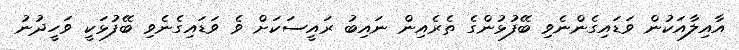
އާއިލާއަކުން ވަޑައިގެންނެވި ބޭފުޅުންގެ ތެރެއިން ނައިބު ރައީސަކަށް ވެ ވަޑައިގެނެވި ބޭފުޅަކީ ވަހީދުނު